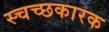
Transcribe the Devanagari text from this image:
स्चच्छकारक